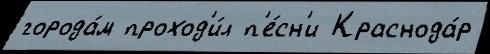
города́м проход'и́л п'е́сн'и Краснода́р